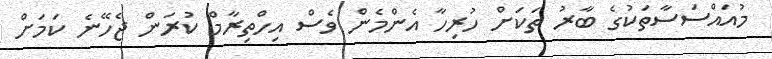
މުއައްސަސާތަކުގެ ބާރު ތަކަށް ހުރިހާ އެންމެން ވެސް އިހްތިރާމް ކުރަން ޖެހޭނެ ކަމަށް